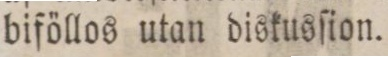
biföllos utan diskusſion.